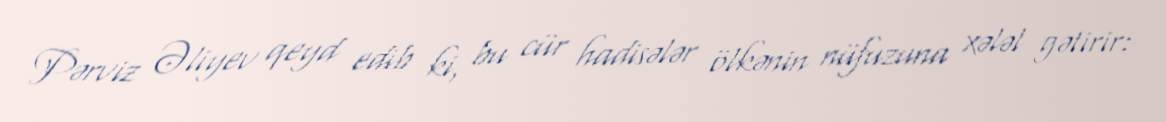
Pərviz Əliyev qeyd edib ki, bu cür hadisələr ölkənin nüfuzuna xələl gətirir: